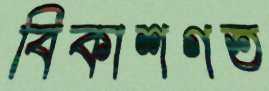
বিকাশগত